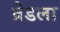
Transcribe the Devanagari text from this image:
व्रेडला